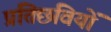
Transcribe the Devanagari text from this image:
प्रतिछवियों